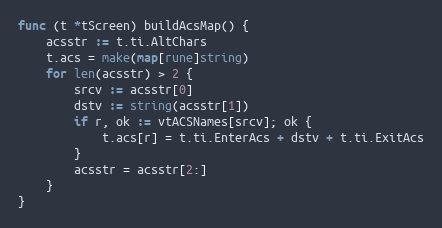
Language: Go
func (t *tScreen) buildAcsMap() {
	acsstr := t.ti.AltChars
	t.acs = make(map[rune]string)
	for len(acsstr) > 2 {
		srcv := acsstr[0]
		dstv := string(acsstr[1])
		if r, ok := vtACSNames[srcv]; ok {
			t.acs[r] = t.ti.EnterAcs + dstv + t.ti.ExitAcs
		}
		acsstr = acsstr[2:]
	}
}